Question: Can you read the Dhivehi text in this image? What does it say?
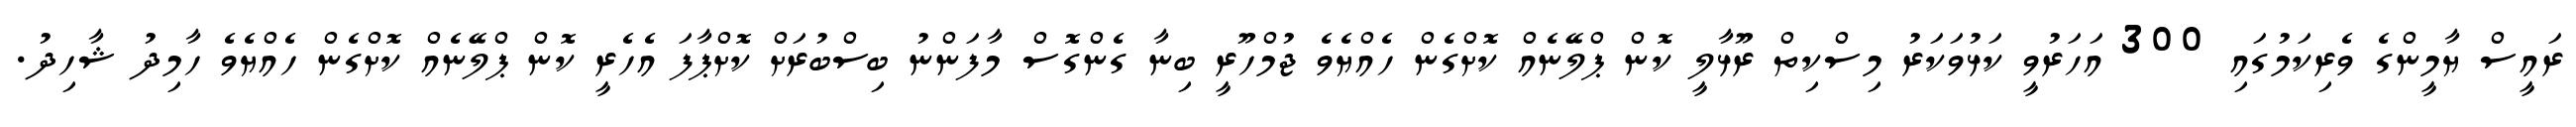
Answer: ރައީސް ޔާމީންގެ ވެރިކަމުގައި 300 އަހަރުވީ ކަޅުވަކަރު މިސްކިތް ރޫޅާލީ ކޮން ޕްލޭނެއް ކޮށްގެން ހެއްޔެވެ ޖުމްހޫރީ ބިނާ ގެންގޮސް މާފަންނު ބިސްބުރަށް ކޮށްޕާފަ އެހެރީ ކޮން ޕްލޭނެއް ކޮށްގެން ހެއްޔެވެ ހާމިދު ޝާހިދު.